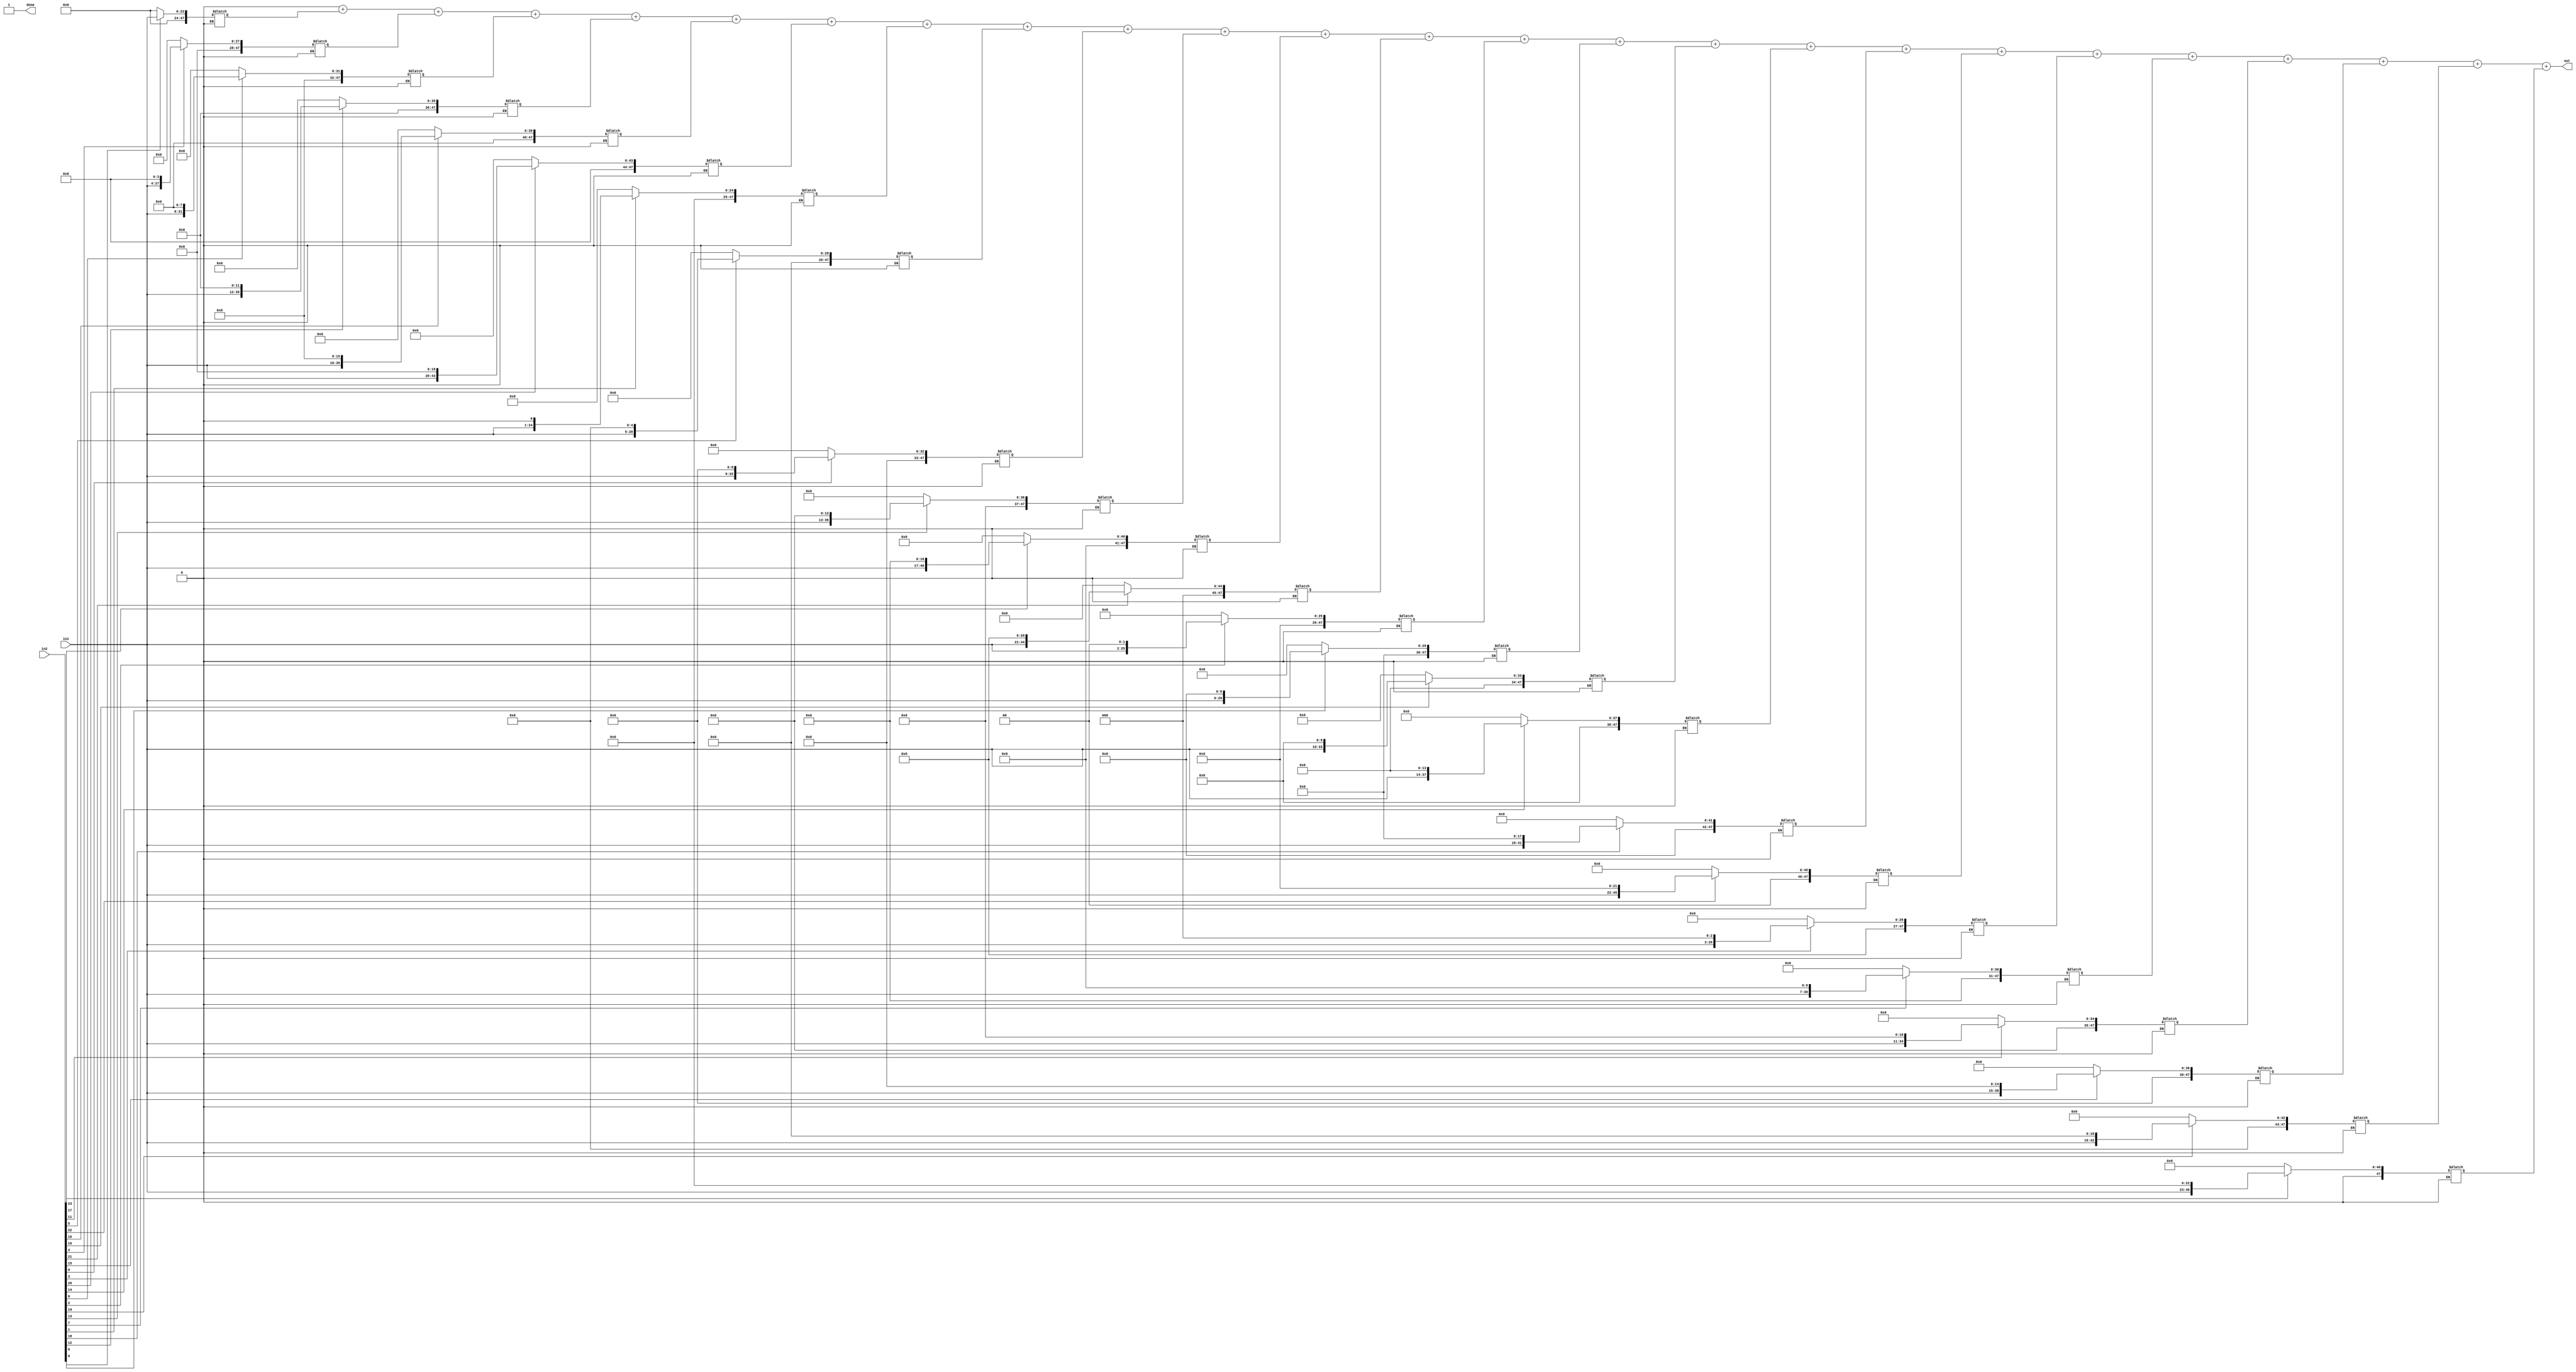
/* Copyright 2023 Desrep

   Licensed under the Apache License, Version 2.0 (the "License");
   you may not use this file except in compliance with the License.
   You may obtain a copy of the License at

       http://www.apache.org/licenses/LICENSE-2.0

   Unless required by applicable law or agreed to in writing, software
   distributed under the License is distributed on an "AS IS" BASIS,
   WITHOUT WARRANTIES OR CONDITIONS OF ANY KIND, either express or implied.
   See the License for the specific language governing permissions and
   limitations under the License.
*/

// fixed point multiplier

module mulxbit(in1,in2,out,done);
  parameter WIDTH = 24;
  input wire [WIDTH-1:0] in1,in2;
  output reg [2*WIDTH-1:0] out;
  output reg done;
  reg [2*WIDTH-1:0] out0;
  reg [2*WIDTH-1:0] partprod0 [WIDTH-1:0];
  reg [2*WIDTH-1:0] partprod1 [WIDTH-1:0];
  reg done0;
  integer i;
  wire [2*WIDTH-1:0] temp;

  assign temp = in1;



 always @*
   begin
     for(i= 0; i<WIDTH/4;i=i+1) begin
       if( in2[i] == 1'b1)
         partprod0[i] = (temp<<i);
       if(in2[i+(WIDTH/4)]==1'b1)
         partprod0[i+(WIDTH/4)] = (temp << (i+(WIDTH/4)));
       if(in2[i+2*(WIDTH/4)]==1'b1)
         partprod0[i+2*(WIDTH/4)] = (temp << (i+2*(WIDTH/4)));
       if(in2[i+3*(WIDTH/4)]==1'b1)
         partprod0[i+3*(WIDTH/4)] = (temp << (i+3*(WIDTH/4)));
       if (in2[i] == 1'b0)
         partprod0[i] = 1'b0;
       if(in2[i+(WIDTH/4)]== 1'b0)
         partprod0[i+(WIDTH/4)] = 1'b0;
       if(in2[i+2*(WIDTH/4)]== 1'b0)
         partprod0[i+2*(WIDTH/4)] = 1'b0;
       if(in2[i+3*(WIDTH/4)]== 1'b0)
         partprod0[i+3*(WIDTH/4)] = 1'b0;
     end
   end


always @* begin
  out0=0;
  done0 = 0;
  for(i = 0;i<WIDTH/6;i= i+1) begin
    out0 = out0 + partprod0[i]+partprod0[i+(WIDTH/6)]+ partprod0[i+2*(WIDTH/6)]+partprod0[i+3*(WIDTH/6)]+partprod0[i+4*(WIDTH/6)]+partprod0[i+5*(WIDTH/6)];
     if(i == (WIDTH/6)-1)
    	done0 = 1;
  end

end


always @* begin
     out =out0;
  	 done = done0;
end

endmodule